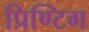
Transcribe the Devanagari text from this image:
प्रिण्टिग